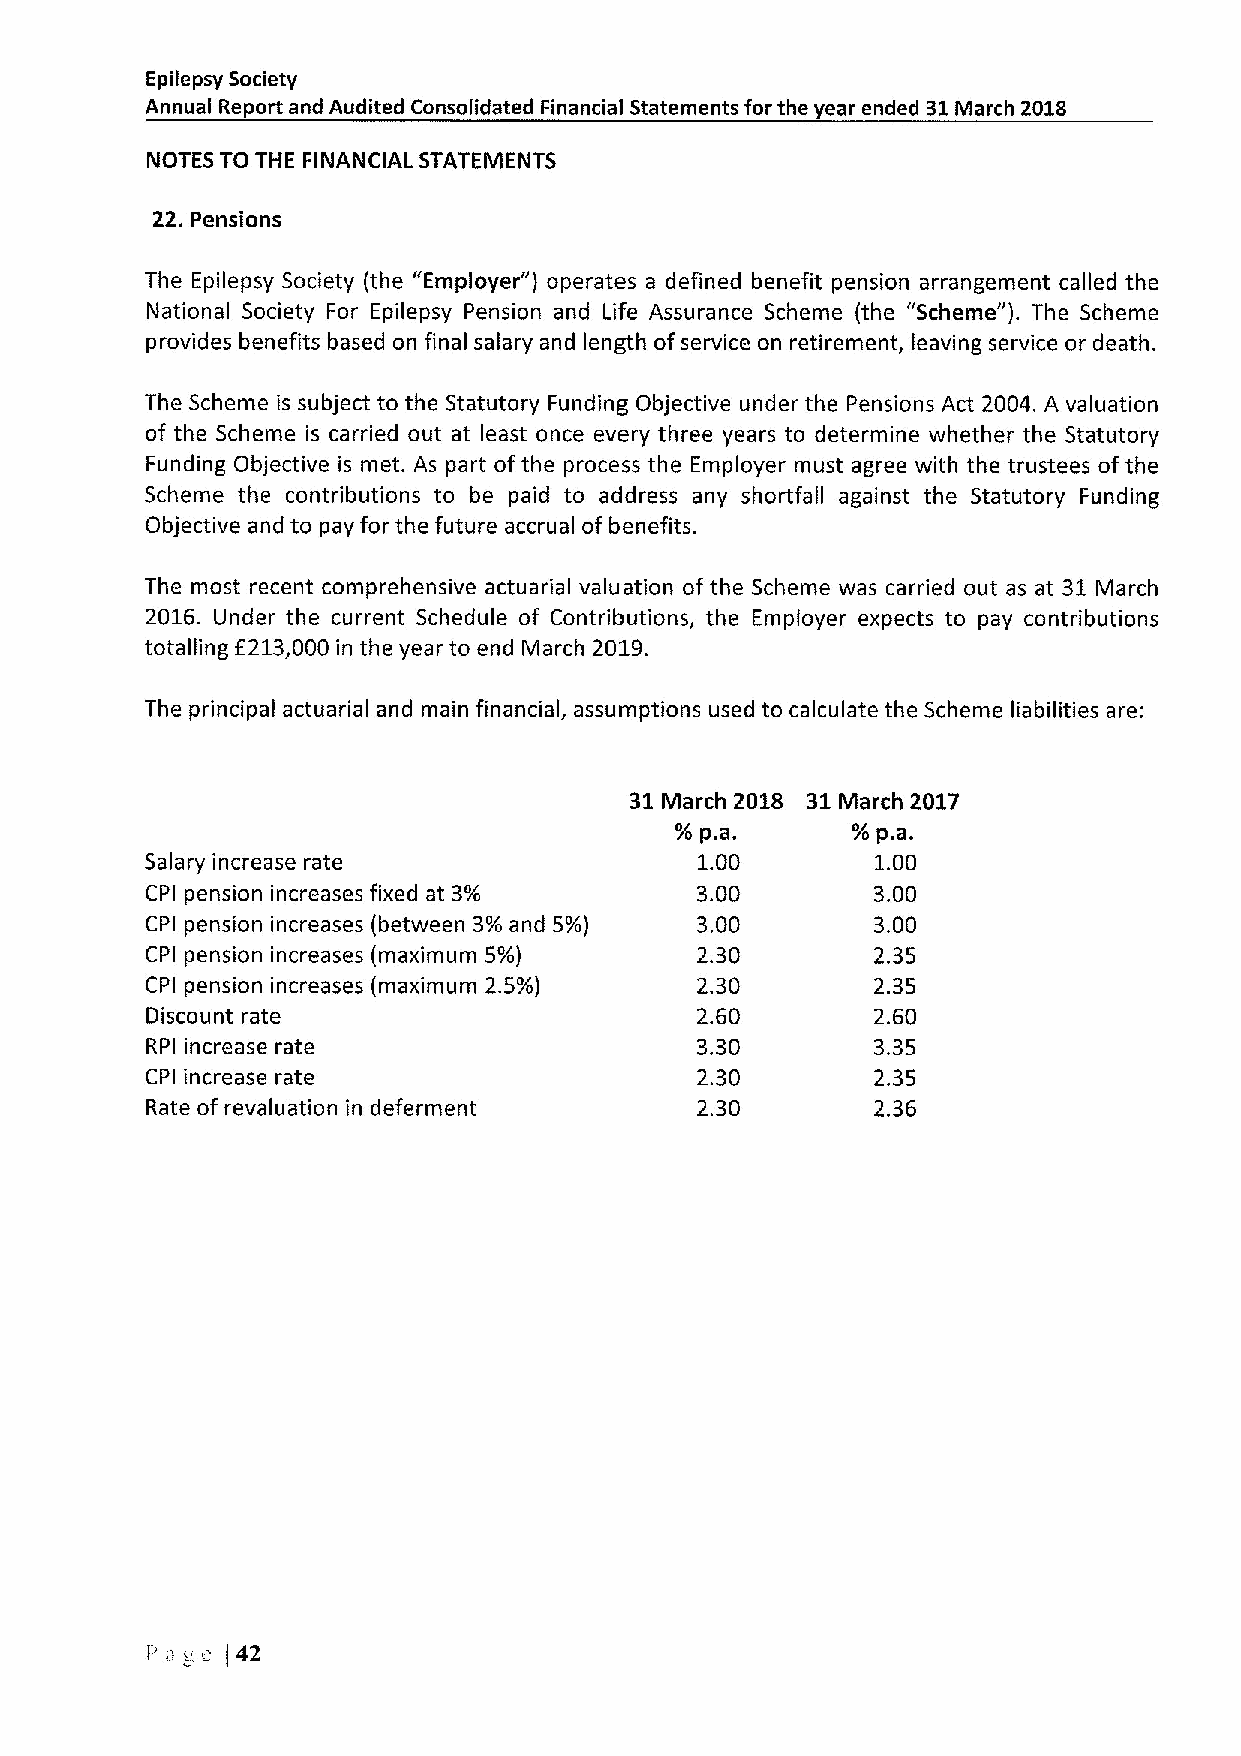
Epilepsy Society
 Annual Report and Audited Consolidated Financial Statements for the year ended 31March 2018
 NOTES TO THE FINANCIAL STATEMENTS
 22. Pensions
 The Epilepsy Society (the "Employer" ) operates a defined benefit pension arrangement called the
 National Society For Epilepsy Pension and Life Assurance Scheme (the "Scheme"). The Scheme
 provides benefits based on final salary and length ofservice on retirement, leaving service or death.
 The Scheme is subject to the Statutory Funding Objective under the Pensions Act 2004. A valuation
 of the Scheme is carried out at least once every three years to determine whether the Statutory
 Funding Objective is met. As part ofthe process the Employer must agree with the trustees ofthe
 Scheme the contributions to be paid to address any shortfall against the Statutory Funding
 Objective and to pay for the future accrual of benefits.
 The most recent comprehensive actuarial valuation ofthe Scheme was carried out as at 31 March
 2016. Under the current Schedule of Contributions, the Employer expects to pay contributions
 totalling E213,000 in the year to end March 2019.
 The principal actuarial and main financial, assumptions used to calculate the Scheme liabilities are:
 31March 2018 31March 2017
 /o
 p.a.
 ~/o
 p.a.
 Salary increase rate                1.00        1.00
 CPI pension increases fixed at 3/G  3.00        3.00
 CPI pension increases (between 3/o and 5/o) 3.00 3.00
 CPI pension increases (maximum 5/o) 2.30        2.35
 CPI pension increases (maximum 2.5/o) 2.30      2.35
 Discount rate                       2.60        2.60
 RPI increase rate                   3.30        3.35
 CPI increase rate                   2.30        2.35
 Rate of revaluation in deferment    2.30        2.36
 I'at
 (42